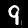
Label: 9